Indian journal of veterinary science and animal husbandry - Volume 1,
Year: 1931
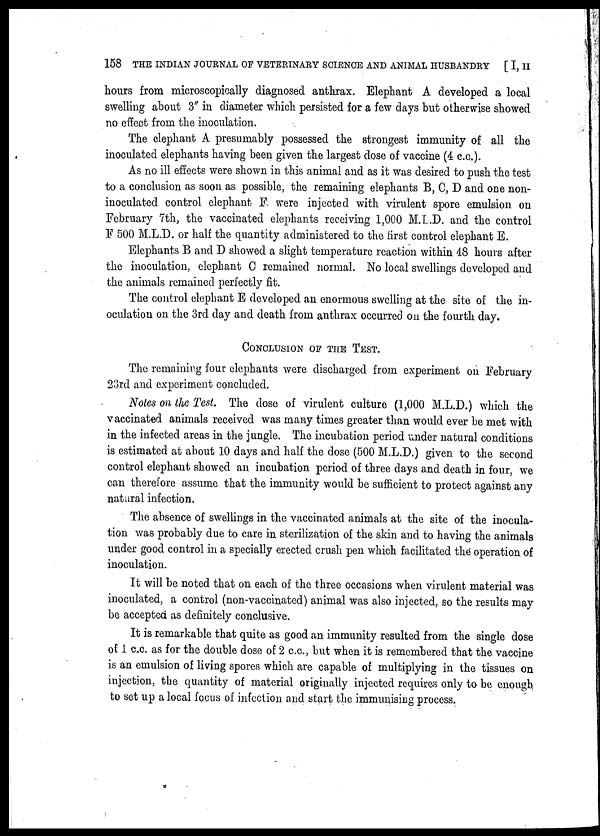
158 THE INDIAN JOURNAL OF VETERINARY SCIENCE AND ANIMAL HUSBANDRY [ I, II
hours from microscopically diagnosed anthrax. Elephant A developed a local
swelling about 3" in diameter which persisted for a few days but otherwise showed
no effect from the inoculation.
The elephant A presumably possessed the strongest immunity of all the
inoculated elephants having been given the largest dose of vaccine (4 c. c.).
As no ill effects were shown in this animal and as it was desired to push the test
to a conclusion as soon as possible, the remaining elephants B, C, D and one non-
inoculated control elephant F were injected with virulent spore emulsion on
February 7th, the vaccinated elephants receiving 1,000 M.L.D. and the control
F 500 M.L.D. or half the quantity administered to the first control elephant E.
Elephants B and D showed a slight temperature reaction within 48 hours after
the inoculation, elephant C remained normal. No local swellings developed and
the animals remained perfectly fit.
The control elephant E developed an enormous swelling at the site of the in-
oculation on the 3rd day and death from anthrax occurred on the fourth day.
CONCLUSION OF THE TEST.
The remaining four elephants were discharged from experiment on February
23rd and experiment concluded.
Notes on the Test. The dose of virulent culture (1,000 M.L.D.) which the
vaccinated animals received was many times greater than would ever be met with
in the infected areas in the jungle. The incubation period under natural conditions
is estimated at about 10 days and half the dose (500 M.L.D.) given to the second
control elephant showed an incubation period of three days and death in four, we
can therefore assume that the immunity would be sufficient to protect against any
natural infection.
The absence of swellings in the vaccinated animals at the site of the inocula-
tion was probably due to care in sterilization of the skin and to having the animals
under good control in a specially erected crush pen which facilitated the operation of
inoculation.
It will be noted that on each of the three occasions when virulent material was
inoculated, a control (non-vaccinated) animal was also injected, so the results may
be accepted as definitely conclusive.
It is remarkable that quite as good an immunity resulted from the single dose
of 1 c.c. as for the double dose of 2 c.c., but when it is remembered that the vaccine
is an emulsion of living spores which are capable of multiplying in the tissues on
injection, the quantity of material originally injected requires only to be enough
to set up a local focus of infection and start the immunising process.